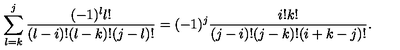
\sum _ { l = k } ^ { j } { \frac { ( - 1 ) ^ { l } l ! } { ( l - i ) ! ( l - k ) ! ( j - l ) ! } } = ( - 1 ) ^ { j } { \frac { i ! k ! } { ( j - i ) ! ( j - k ) ! ( i + k - j ) ! } } .